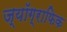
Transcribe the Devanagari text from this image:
ज्यॉग्राफिक